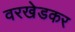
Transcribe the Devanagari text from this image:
वरखेडकर